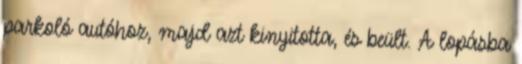
parkoló autóhoz, majd azt kinyitotta, és beült. A lopásba